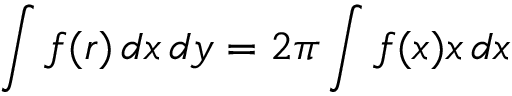
\int f ( r ) \, d x \, d y = 2 \pi \int f ( x ) x \, d x